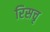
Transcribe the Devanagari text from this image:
रिसचृ